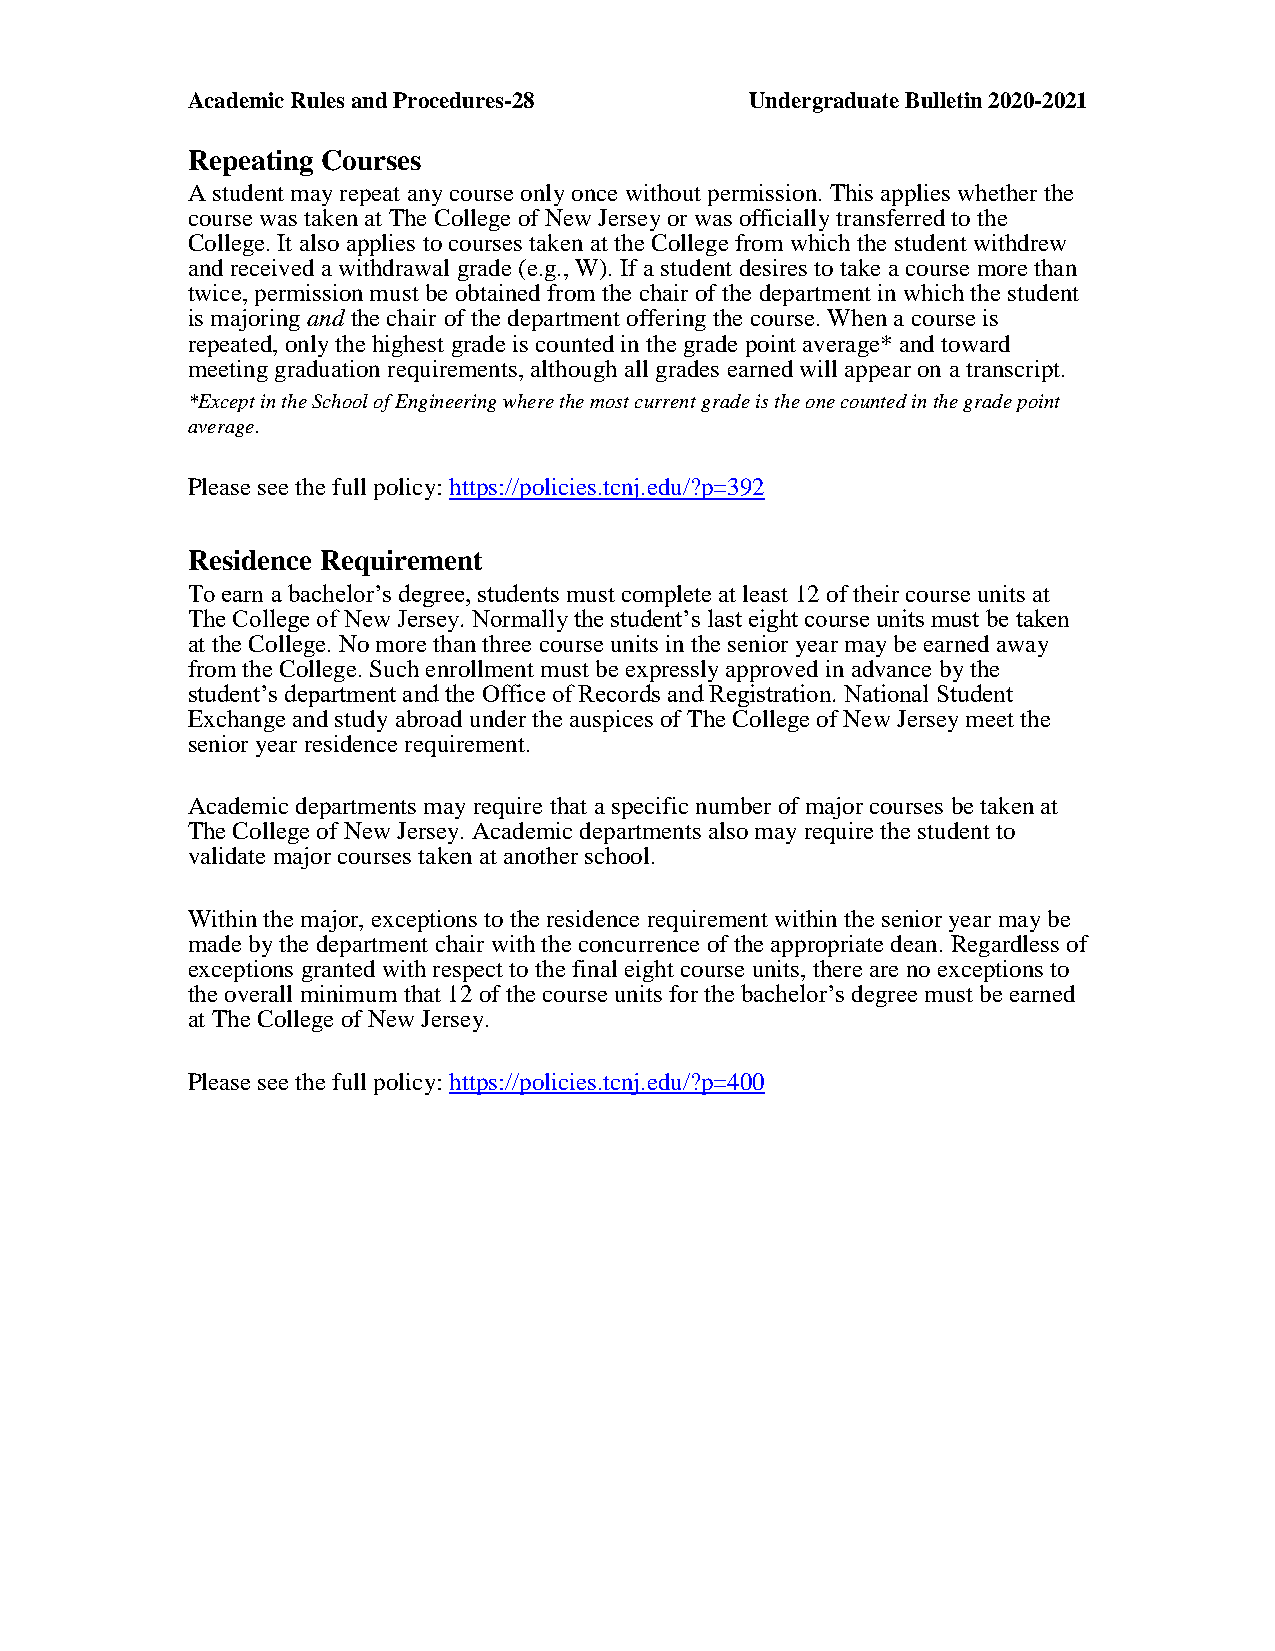
Academic Rules and Procedures-28      Undergraduate Bulletin 2020-2021
 Repeating Courses
 A student may repeat any course only once without permission. This applies whether the
 course was taken at The College of New Jersey or was officially transferred to the
 College. It also applies to courses taken at the College from which the student withdrew
 and received a withdrawal grade (e.g., W). If a student desires to take a course more than
 twice, permission must be obtained from the chair of the department in which the student
 is majoring and the chair of the department offering the course. When a course is
 repeated, only the highest grade is counted in the grade point average* and toward
 meeting graduation requirements, although all grades earned will appear on a transcript.
 *Except in the School of Engineering where the most current grade is the one counted in the grade point
 average.
 Please see the full policy: https://policies.tcnj.edu/?p=392
 Residence Requirement
 To earn a bachelor’s degree, students must complete at least 12 of their course units at
 The College of New Jersey. Normally the student’s last eight course units must be taken
 at the College. No more than three course units in the senior year may be earned away
 from the College. Such enrollment must be expressly approved in advance by the
 student’s department and the Office of Records and Registration. National Student
 Exchange and study abroad under the auspices of The College of New Jersey meet the
 senior year residence requirement.
 Academic departments may require that a specific number of major courses be taken at
 The College of New Jersey. Academic departments also may require the student to
 validate major courses taken at another school.
 Within the major, exceptions to the residence requirement within the senior year may be
 made by the department chair with the concurrence of the appropriate dean. Regardless of
 exceptions granted with respect to the final eight course units, there are no exceptions to
 the overall minimum that 12 of the course units for the bachelor’s degree must be earned
 at The College of New Jersey.
 Please see the full policy: https://policies.tcnj.edu/?p=400